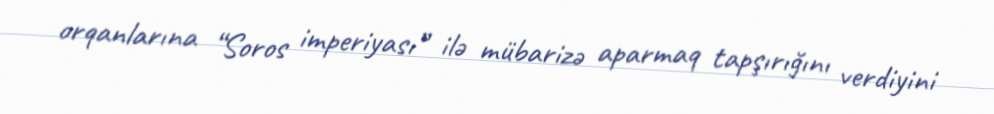
orqanlarına “Soros imperiyası” ilə mübarizə aparmaq tapşırığını verdiyini